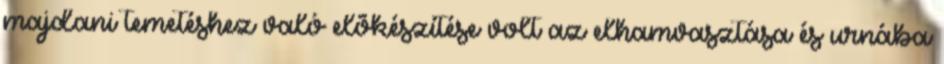
majdani temetéshez való elõkészítése volt az elhamvasztása és urnába